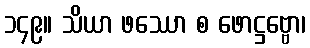
၁၄၉။ သိယာ ဖဿော စ ဖောဋ္ဌဗ္ဗော၊